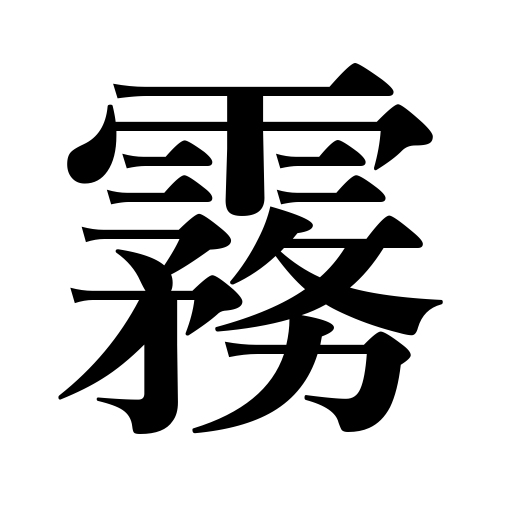
Meanings: spray,mist,fog